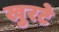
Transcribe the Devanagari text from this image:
खुरटे